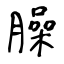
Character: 臊